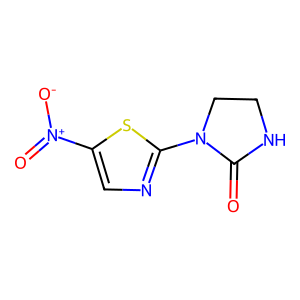
SMILES: O=C1NCCN1c1ncc([N+](=O)[O-])s1
Inhibits HIV replication: No